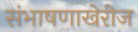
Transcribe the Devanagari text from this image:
संभाषणाखेरीज